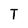
Character: T